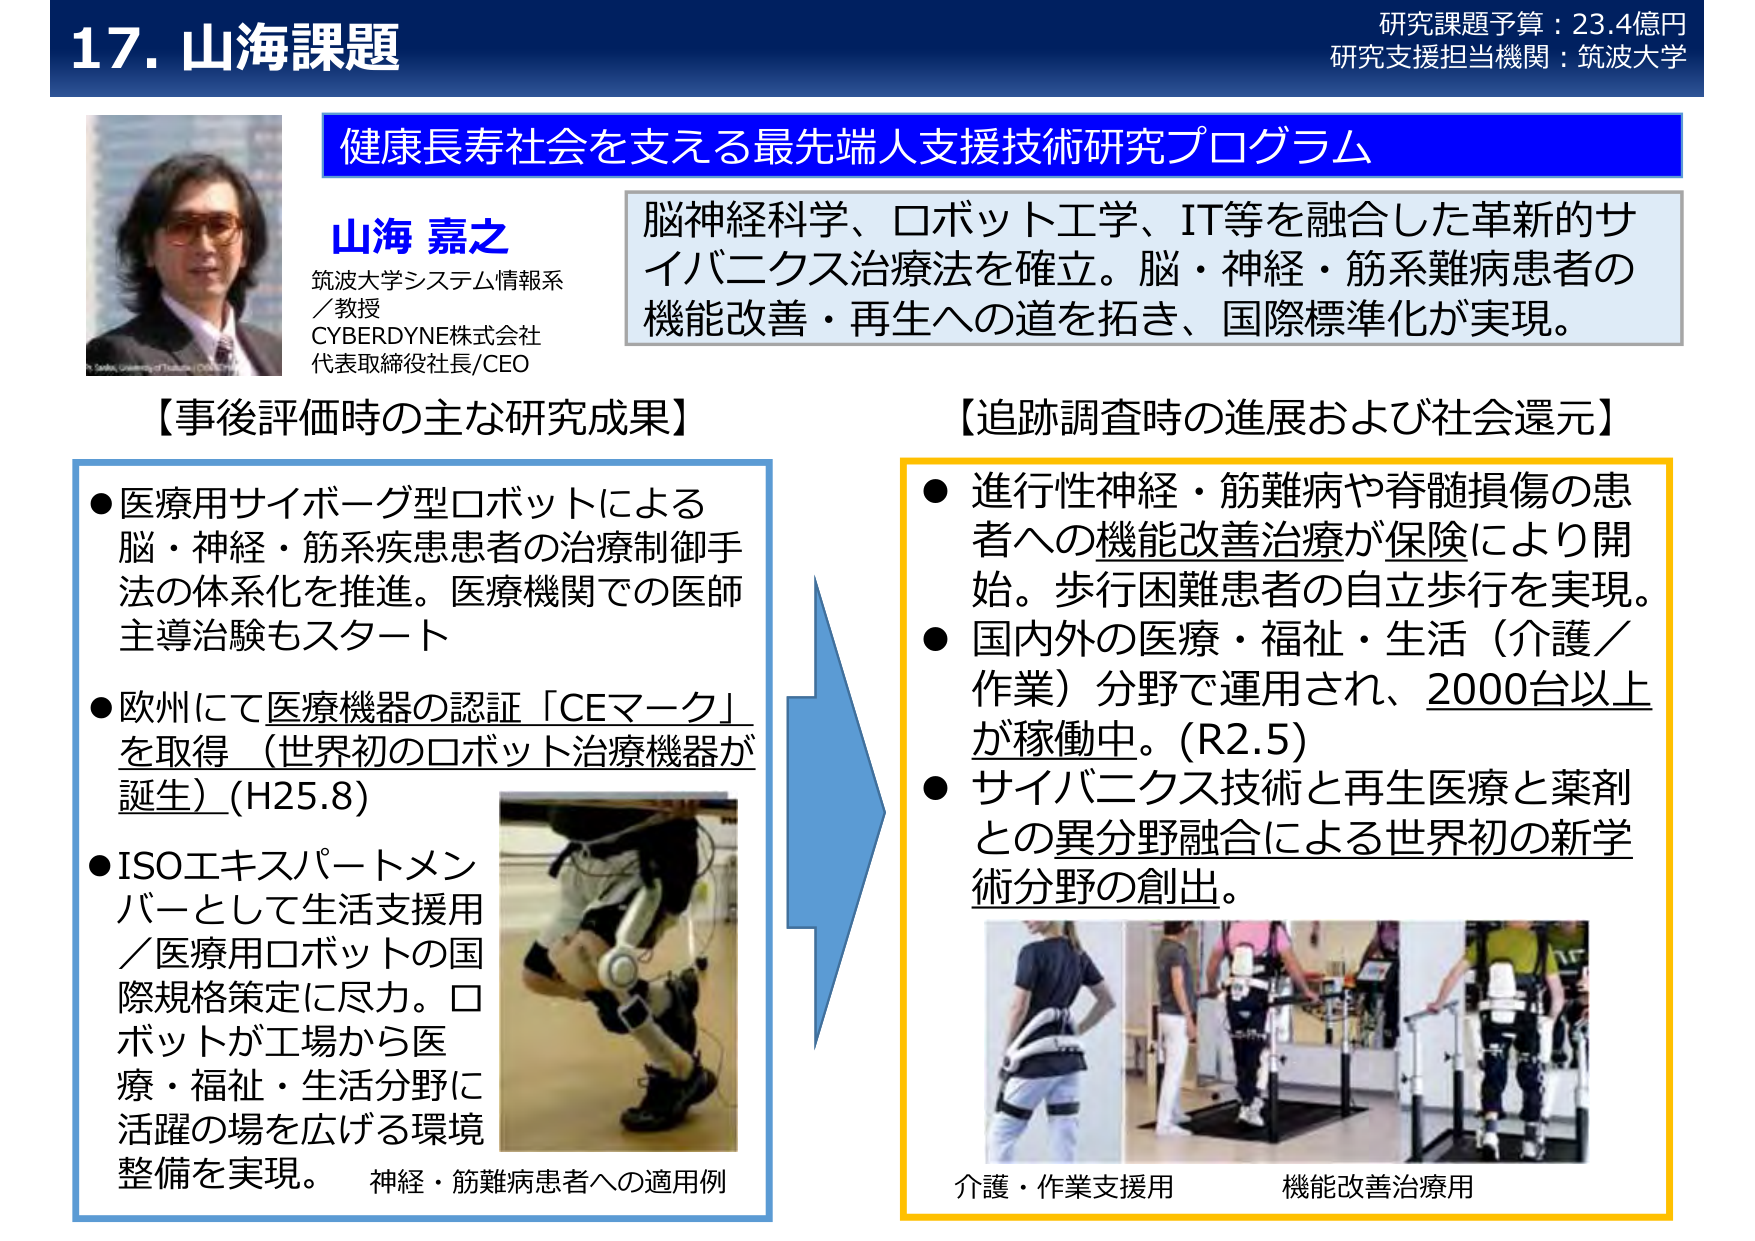
17. 山海課題
研究課題予算：23.4億円
研究支援担当機関：筑波大学

健康長寿社会を支える最先端人支援技術研究プログラム

山海 嘉之
筑波大学システム情報系
／教授
CYBERDYNE株式会社
代表取締役社長/CEO

脳神経科学、ロボット工学、IT等を融合した革新的サイバニクス治療法を確立。脳・神経・筋系難病患者の機能改善・再生への道を拓き、国際標準化が実現。

【事後評価時の主な研究成果】
● 医療用サイボーグ型ロボットによる脳・神経・筋系疾患者の治療制御手法の体系化を推進。医療機関での医師主導治験もスタート
● 欧州にて医療機器の認証「CEマーク」を取得（世界初のロボット治療機器が誕生）(H25.8)
● ISOエキスパートメンバーとして生活支援用／医療用ロボットの国際規格策定に尽力。ロボットが工場から医療・福祉・生活分野に活躍の場を広げる環境整備を実現。

神経・筋難病患者への適用例

【追跡調査時の進展および社会還元】
● 進行性神経・筋難病や脊髄損傷の患者への機能改善治療が保険により開始。歩行困難患者の自立歩行を実現。
● 国内外の医療・福祉・生活（介護／作業）分野で運用され、2000台以上が稼働中。(R2.5)
● サイバニクス技術と再生医療と薬剤との異分野融合による世界初の新学術分野の創出。

介護・作業支援用
機能改善治療用